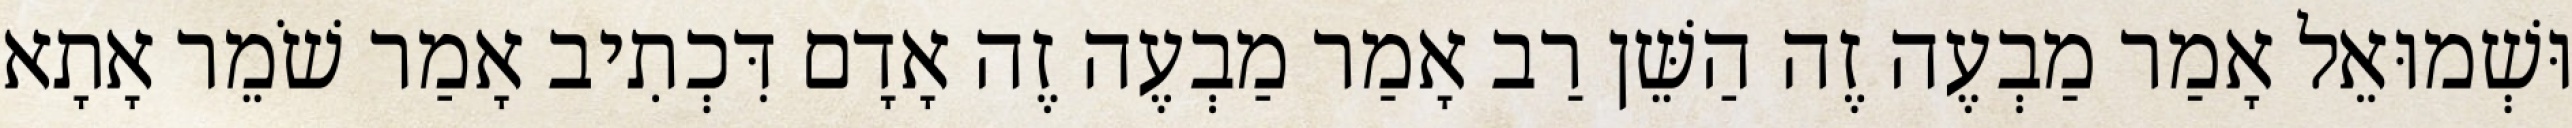
וּשְׁמוּאֵל אָמַר מַבְעֶה זֶה הַשֵּׁן רַב אָמַר מַבְעֶה זֶה אָדָם דִּכְתִיב אָמַר שֹׁמֵר אָתָא